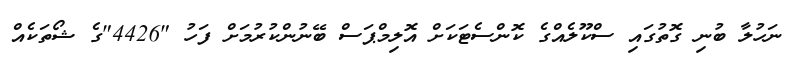
ނަހުލާ ބުނި ގޮތުގައި ސްކޫލެއްގެ ކޮންސެޓަކަށް އޮލިމްޕަސް ބޭނުންކުރުމަށް ފަހު "4426"ގެ ޝޯތަކެއް